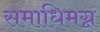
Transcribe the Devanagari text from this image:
समाधिमग्न